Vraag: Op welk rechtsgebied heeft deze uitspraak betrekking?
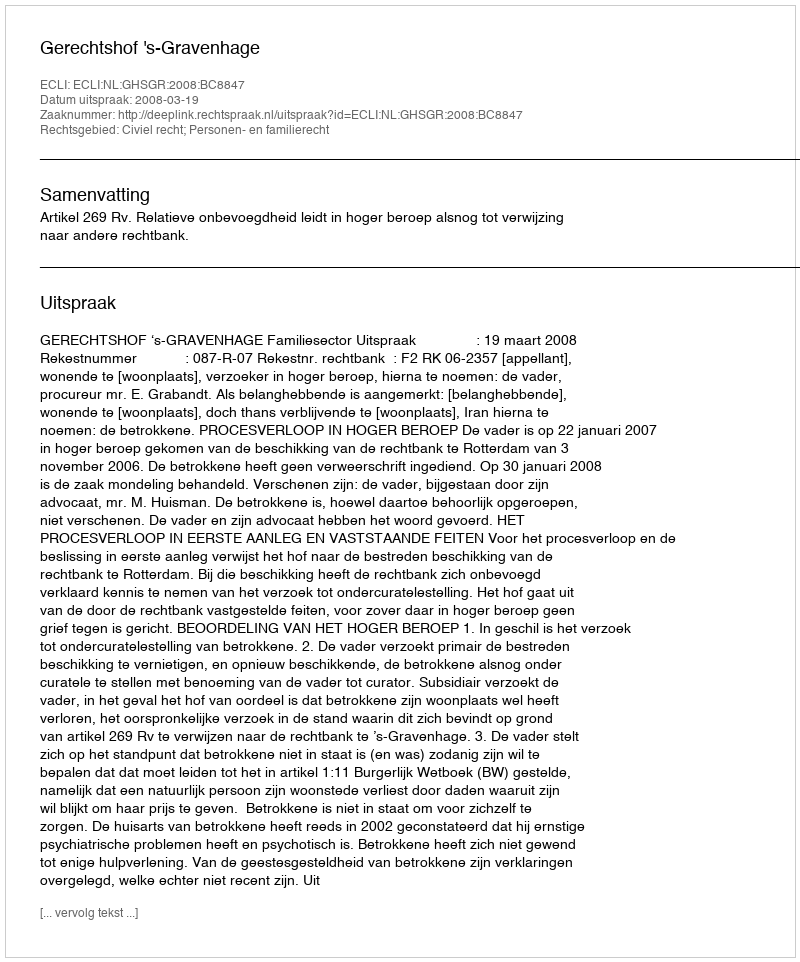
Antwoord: Civiel recht; Personen- en familierecht